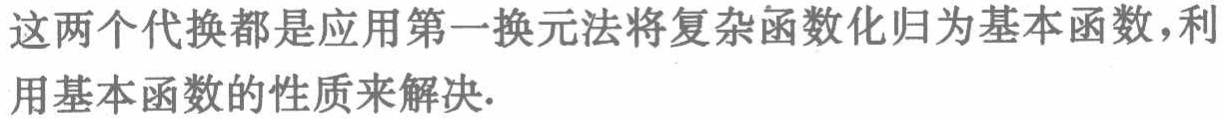
这两个代换都是应用第一换元法将复杂函数化归为基本函数，利用基本函数的性质来解决.